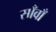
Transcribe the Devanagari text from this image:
साँवाँ